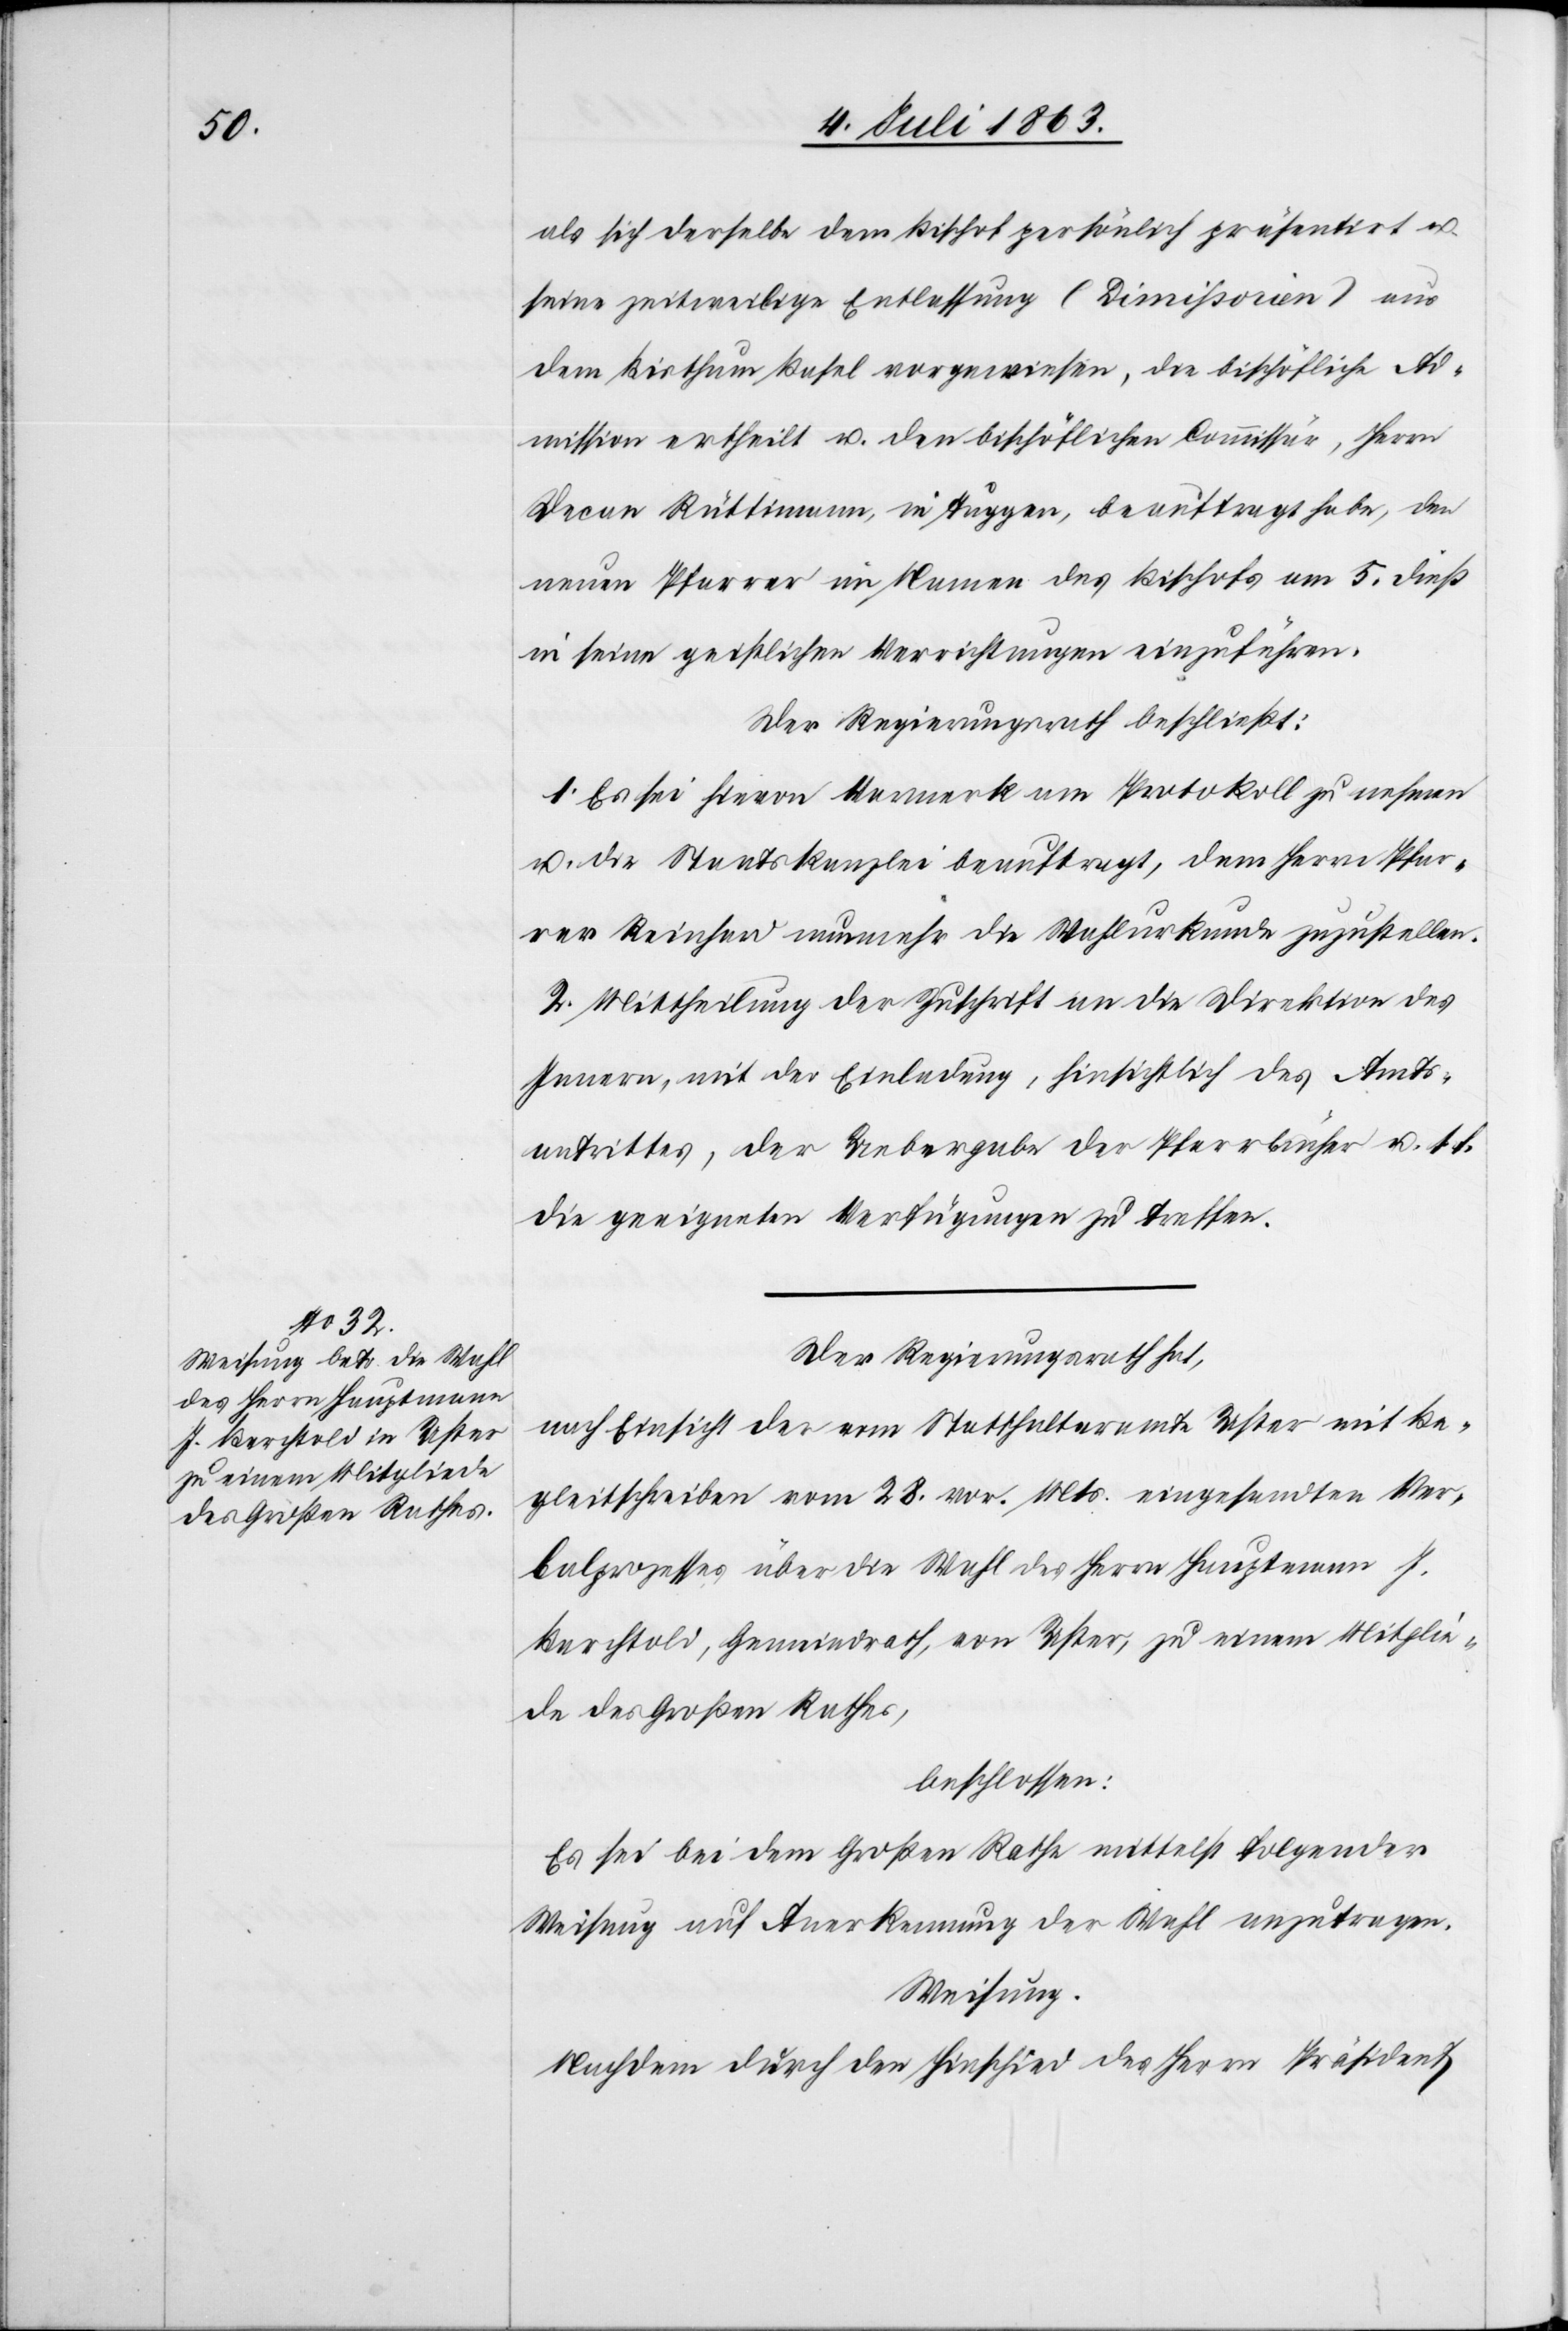
als sich derselbe dem Bischof persönlich präsentirt u.
seine zeitweilige Entlassung (Dimißorien) aus
dem Bisthum Basel vorgewiesen, die bischöfliche Ad¬
mission ertheilt u. den bischöflichen Commissär, Herrn
Decan Rüttimann, in Tuggen, beauftragt habe, den
neuen Pfarrer im Namen des Bischofs am 5. dieß
in seine geistlichen Verrichtungen einzuführen.
Der Regierungsrath beschließt:
1. Es sei hievon Vormerk am Protokoll zu nehmen
u. die Staatskanzlei beauftragt, dem Herrn Pfar¬
rer Reinhard nunmehr die Wahlurkunde zuzustellen.
2. Mittheilung der Zuschrift an die Direktion des
Innern, mit der Einladung, hinsichtlich des Amts¬
antrittes, der Uebergabe der Pfarrbücher u. s.
die geeigneten Verfügungen zu treffen.
Der Regierungsrath hat,
nach Einsicht der vom Statthalteramte Uster mit Be¬
gleitschreiben vom 28. vor. Mts. eingesandten Ver¬
balprozesses über die Wahl des Herrn Hauptmann J.
Berchtold, Gemeindrath, von Uster, zu einem Mitglie¬
de des Großen Rathes,
beschlossen:
Es sei bei dem Großen Rathe mittelst folgender
Weisung auf Anerkennung der Wahl anzutragen.
Weisung.
Nachdem durch den Hinschied des Herrn Präsident